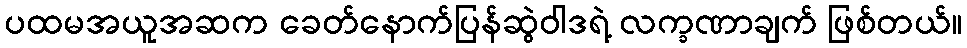
ပထမအယူအဆက ခေတ်နောက်ပြန်ဆွဲဝါဒရဲ့ လက္ခဏာချက် ဖြစ်တယ်။